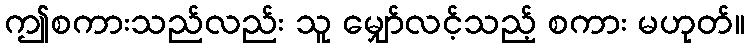
ဤစကားသည်လည်း သူ မျှော်လင့်သည့် စကား မဟုတ်။